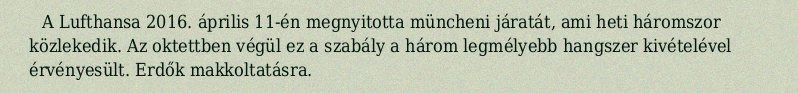
A Lufthansa 2016. április 11-én megnyitotta müncheni járatát, ami heti háromszor közlekedik. Az oktettben végül ez a szabály a három legmélyebb hangszer kivételével érvényesült. Erdők makkoltatásra.